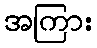
အကြား